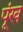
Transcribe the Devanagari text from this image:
पूंख